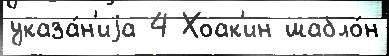
указа́н'иjа 4 Хоак'ин шабло́н